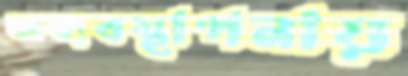
অব্যবস্থাপনায়